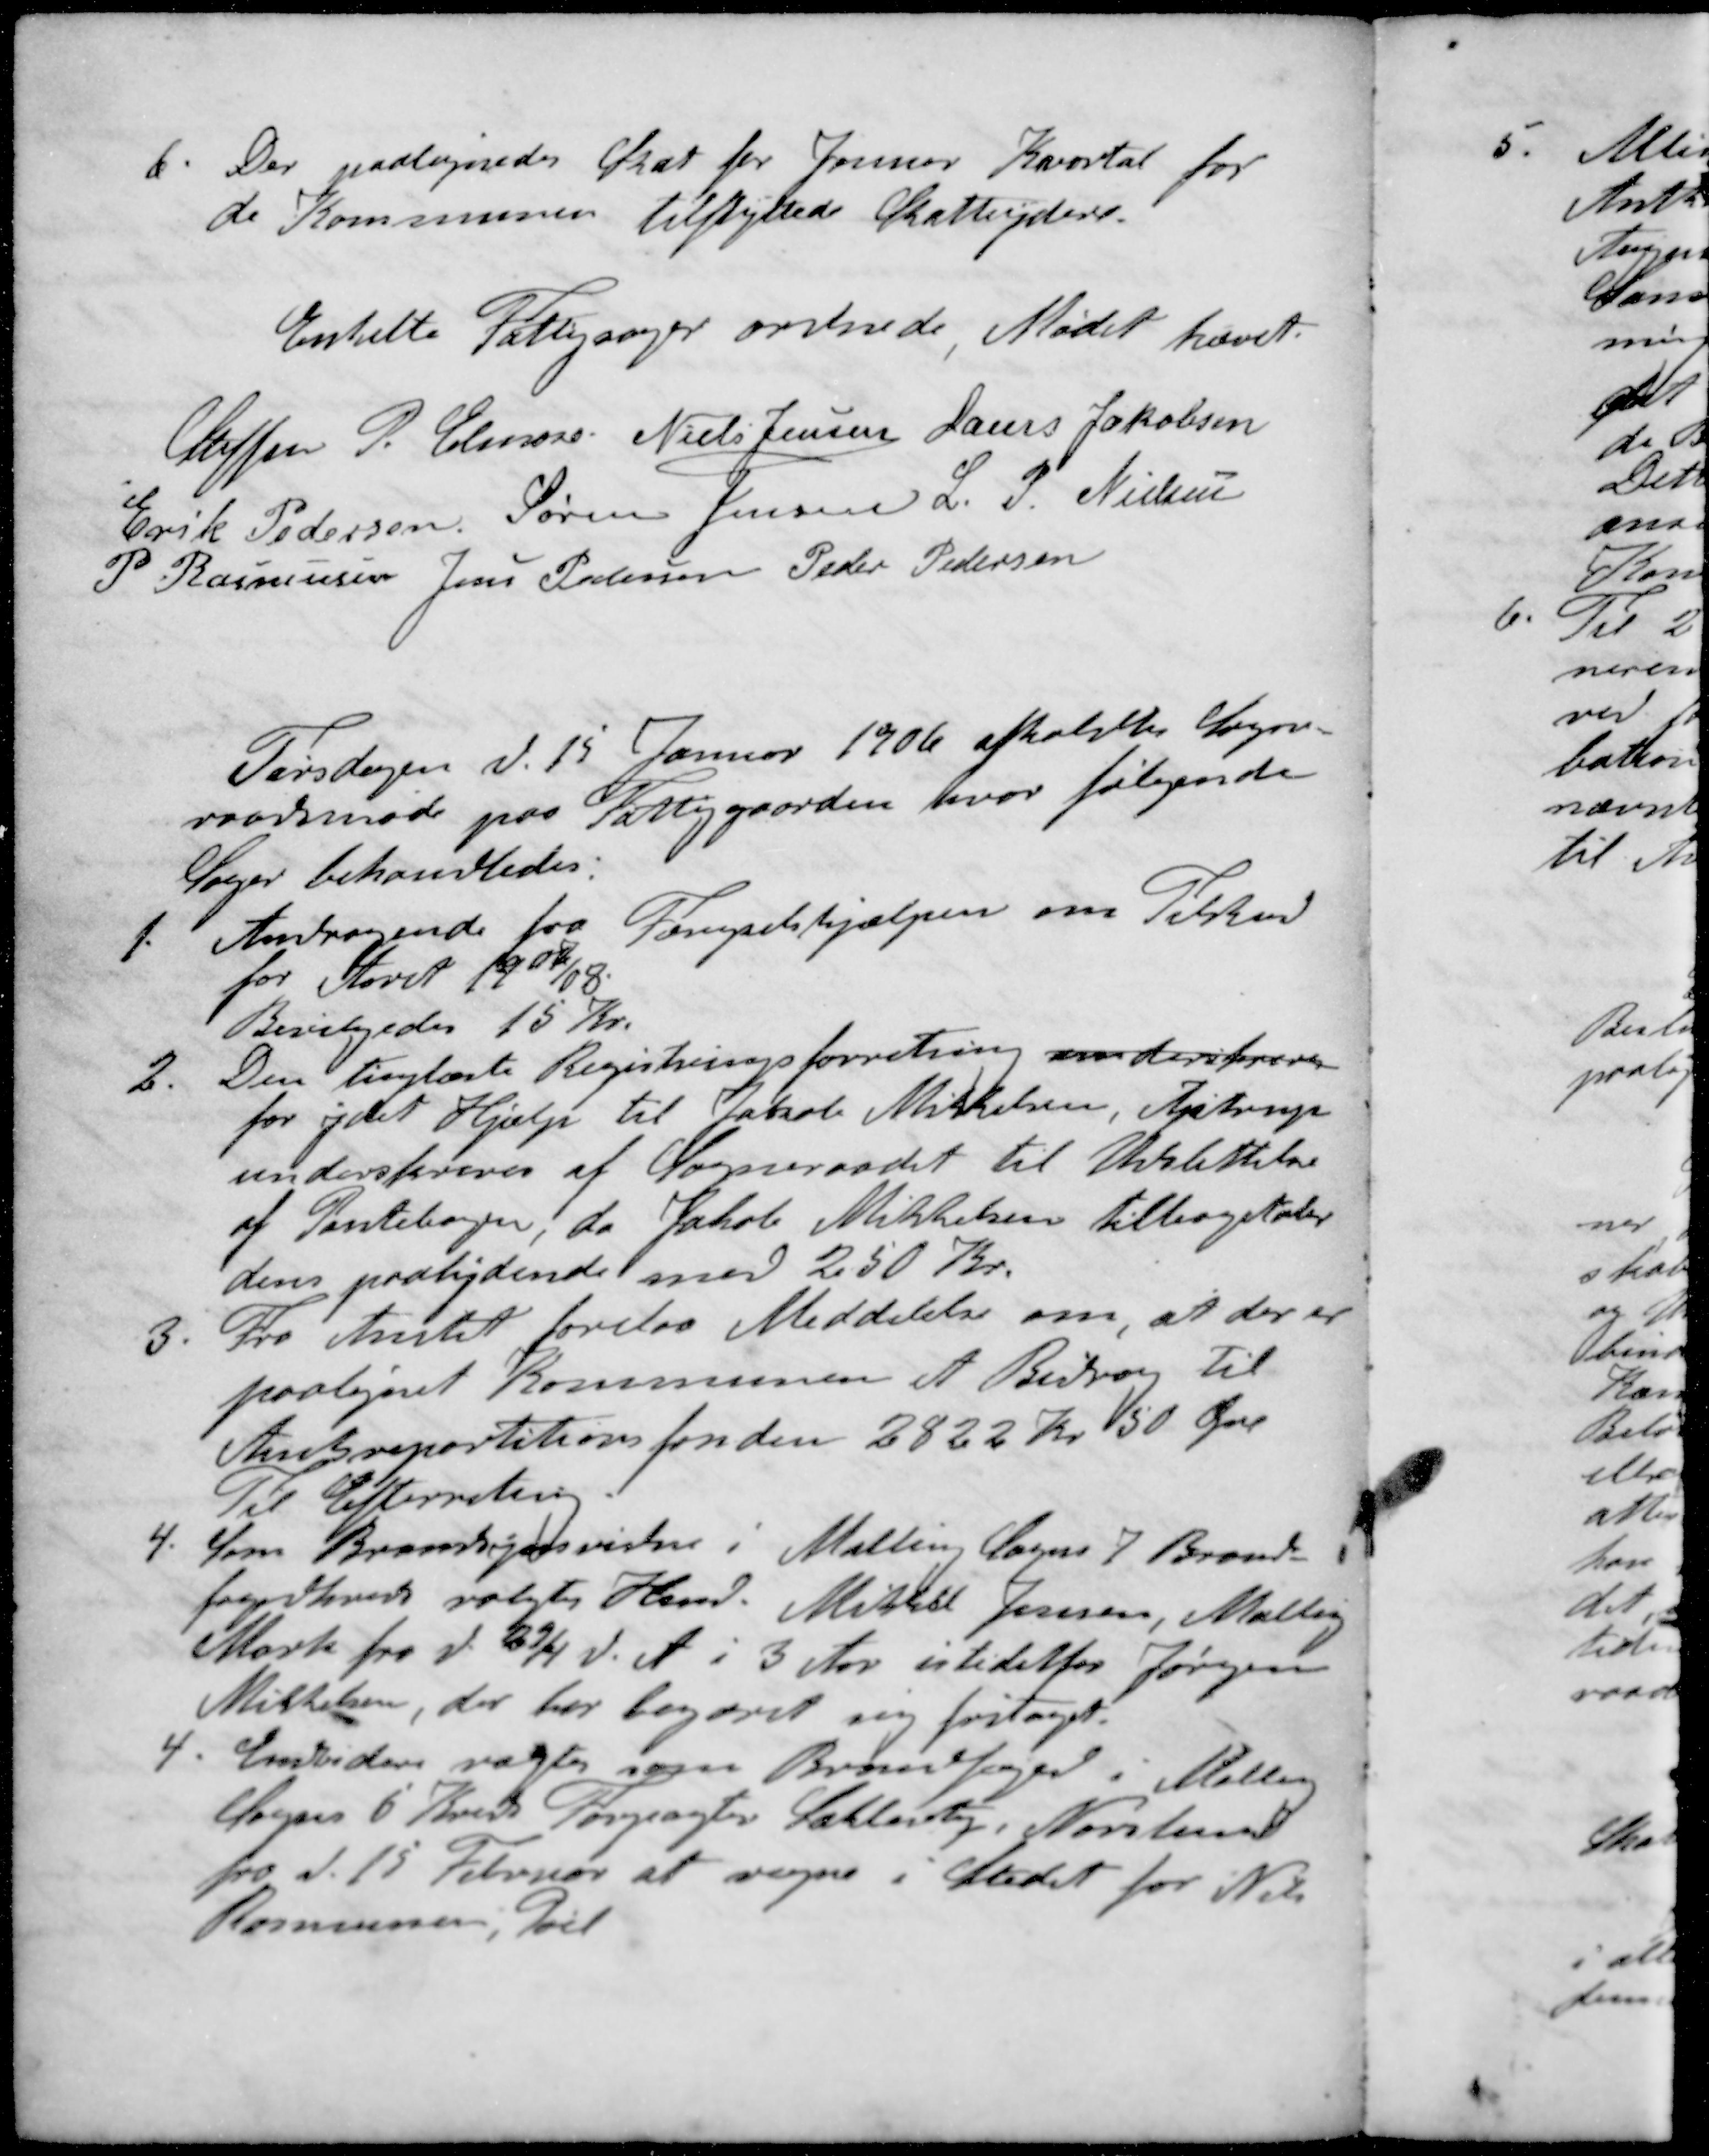
Transskription:
6. Der paalignedes Skat for Januar Kvartal for
de Kommunen tilflyttede Skatteydere.
Enkelte Fattigsager ordnede Mødet hævet.
Steffen P Elmose
Niels Jensen
Laurs Jakobsen
Erik Pedersen
Søren Jensen
L P Nielsen
P Rasmussen
Jens Pedersen
Peder Pedersen
Tirsdagen d. 15 Januar 1906 afholdtes Sogne-
raadsmøde paa Fattiggaarden, hvor følgende
Sager behandledes:
1. Andragende fra Fængselshjælpen om Tilskud
for Storet 19 07/08
Bevilgedes 15 Kr.
2.  Den tinglæste Registringsforretning underskreves
for ydet Hjælp til Jakob Mikkelsen, Ajstrup
underskreves af Sogneraadet til Udslettelse
af Pantebogen, da Jakob Mikkelsen tilbagetaler
dens paalydende med 250 Kr.
3. Fra Amtet forelaa Meddelelse om, at der er
paalignet Kommunen et Bidrag til
Amtsrepartitionsfonden 2822 Kr 50 Øre
Til Efterretning
4. Som Brandsynsvidne i Malling Sogns 7 Brand-
fogedkreds valgtes Hmd. Mikkel Jensen, Malling
Mark fra d. 29/4 d. A. i 3 Aar istedetfor Jørgen
Mikkelsen, der har begæret sig fritaget
4. Envidere valgtes som Brandfoged i Malling
Sogens 5 Kreds Forpagter Sahlertz, Norslund
fra d. 15 Februar at regne i Stedet for Nils
Rasmussen, Poel